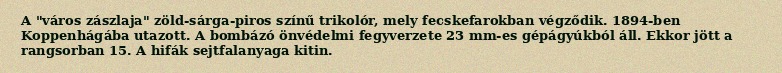
A "város zászlaja" zöld-sárga-piros színű trikolór, mely fecskefarokban végződik. 1894-ben Koppenhágába utazott. A bombázó önvédelmi fegyverzete 23 mm-es gépágyúkból áll. Ekkor jött a rangsorban 15. A hifák sejtfalanyaga kitin.